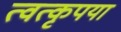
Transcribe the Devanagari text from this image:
त्वत्कृपया